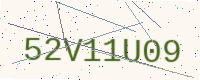
Text: 52V11U09